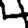
Digit: 4